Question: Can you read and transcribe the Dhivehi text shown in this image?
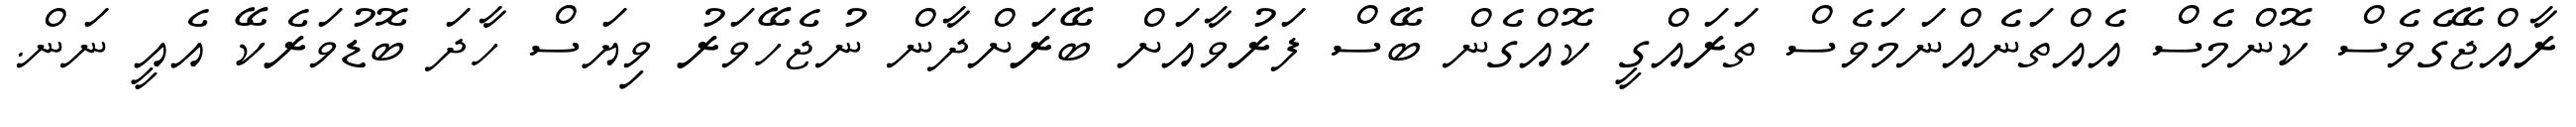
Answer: ރާއްޖޭގެވެސް ކޮންމެސް އެއްތަނެއްނަމަވެސް ތަރައްގީ ކޮއްގެން ބޭސް ފަރުވާއަށް ބޭރަށްދާން ނުޖެހޭވަރު ވިޔަސް ހާދަ ބޮޑުވަރެކޭ އެއީ ނަން.